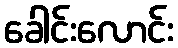
ခေါင်းလောင်း